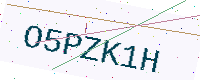
Text: O5PZK1H